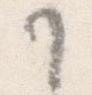
か